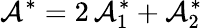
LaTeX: \mathcal{A}^{\ast}=2\, \mathcal{A}_{1}^{\ast}+\mathcal{A}_{2}^{\ast}